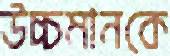
উচ্চমানকে